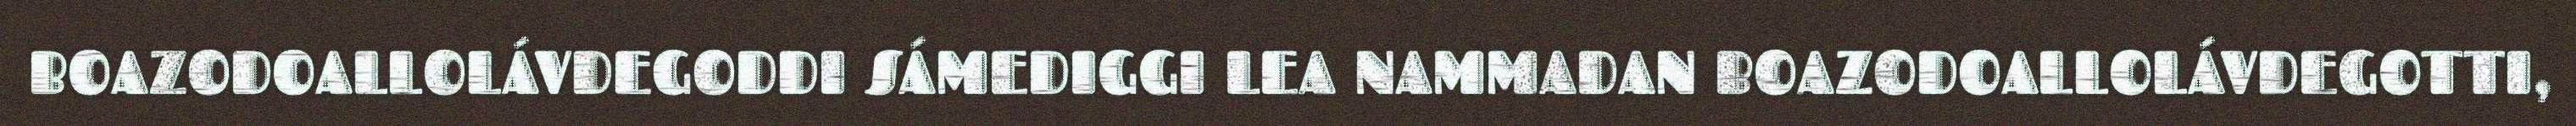
BOAZODOALLOLÁVDEGODDI SÁMEDIGGI LEA NAMMADAN BOAZODOALLOLÁVDEGOTTI,